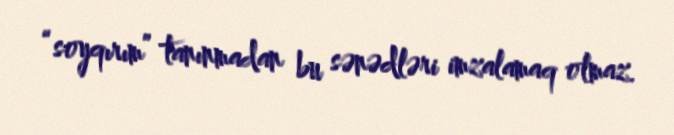
“soyqırım” tanınmadan bu sənədləri imzalamaq olmaz.